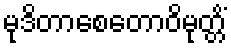
မုဒိတာစေတောဝိမုတ္တိံ